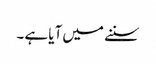
سننے میں آیا ہے ۔